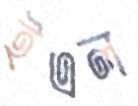
ইএল